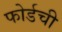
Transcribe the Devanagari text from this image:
फोर्डची